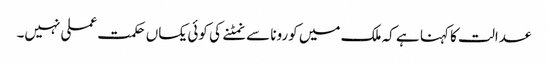
عدالت کا کہنا ہے کہ ملک میں کورونا سے نمٹنے کی کوئی یکساں حکمت عملی نہیں۔